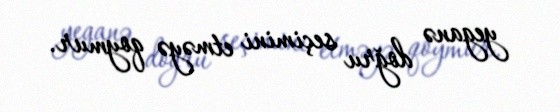
yeganə doğru seçimini etməyə qoymur.